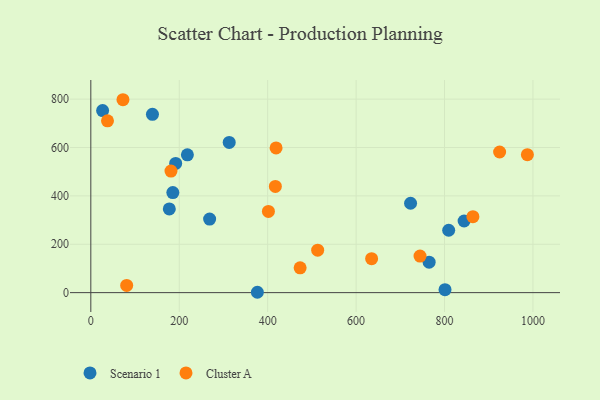
{"axis": {"x": "Experience", "y": "Salary"}, "legend": ["Cluster A", "Scenario 1"], "data": [{"x": "139.4", "y": 737.4, "type": "Scenario 1"}, {"x": "376.7", "y": 1.5, "type": "Scenario 1"}, {"x": "313.0", "y": 621.2, "type": "Scenario 1"}, {"x": "218.4", "y": 569.7, "type": "Scenario 1"}, {"x": "723.2", "y": 369.5, "type": "Scenario 1"}, {"x": "268.7", "y": 304.3, "type": "Scenario 1"}, {"x": "185.5", "y": 413.6, "type": "Scenario 1"}, {"x": "26.7", "y": 752.9, "type": "Scenario 1"}, {"x": "191.9", "y": 534.4, "type": "Scenario 1"}, {"x": "809.4", "y": 258.0, "type": "Scenario 1"}, {"x": "844.3", "y": 296.1, "type": "Scenario 1"}, {"x": "765.2", "y": 125.8, "type": "Scenario 1"}, {"x": "177.5", "y": 346.2, "type": "Scenario 1"}, {"x": "801.1", "y": 12.2, "type": "Scenario 1"}, {"x": "72.7", "y": 797.6, "type": "Cluster A"}, {"x": "864.2", "y": 314.1, "type": "Cluster A"}, {"x": "181.3", "y": 502.8, "type": "Cluster A"}, {"x": "987.4", "y": 570.6, "type": "Cluster A"}, {"x": "635.1", "y": 140.5, "type": "Cluster A"}, {"x": "744.6", "y": 151.3, "type": "Cluster A"}, {"x": "419.0", "y": 598.2, "type": "Cluster A"}, {"x": "401.7", "y": 335.8, "type": "Cluster A"}, {"x": "81.1", "y": 30.0, "type": "Cluster A"}, {"x": "37.7", "y": 710.2, "type": "Cluster A"}, {"x": "924.6", "y": 581.5, "type": "Cluster A"}, {"x": "513.1", "y": 175.6, "type": "Cluster A"}, {"x": "473.4", "y": 102.7, "type": "Cluster A"}, {"x": "417.4", "y": 439.2, "type": "Cluster A"}]}